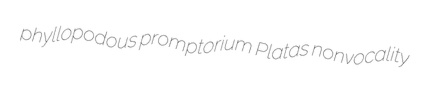
phyllopodous promptorium Platas nonvocality